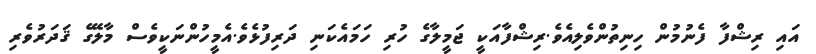
އައި ރިޝްފާ ފެނުމުން ހިނިތުންވެލިއެވެ.ރިޝްފާއަކީ ޖަމީލާގެ ހުރި ހަމައެކަނި ދަރިފުޅެވެ.އެމީހުންނަކީވެސް މާލޭގެ ޤަދަރުވެރި